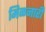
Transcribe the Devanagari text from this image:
मिळनारी